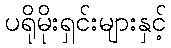
ပရိုမိုးရှင်းများနှင့်